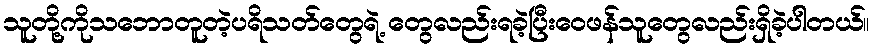
သူတို့ကိုသဘောတူတဲ့ပရိသတ်တွေရဲ့ တွေလည်းရခဲ့ပြီးဝေဖန်သူတွေလည်းရှိခဲ့ပါတယ်။